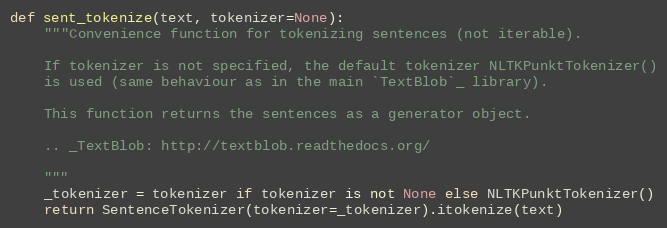
Language: Python
def sent_tokenize(text, tokenizer=None):
    """Convenience function for tokenizing sentences (not iterable).

    If tokenizer is not specified, the default tokenizer NLTKPunktTokenizer()
    is used (same behaviour as in the main `TextBlob`_ library).

    This function returns the sentences as a generator object.

    .. _TextBlob: http://textblob.readthedocs.org/

    """
    _tokenizer = tokenizer if tokenizer is not None else NLTKPunktTokenizer()
    return SentenceTokenizer(tokenizer=_tokenizer).itokenize(text)